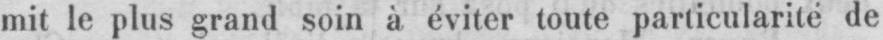
mit le plus grand soin à éviter toute particularité de